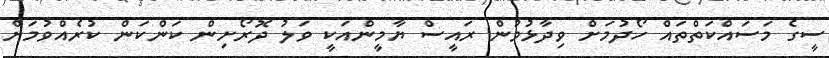
ސީގެ މަސައްކަތްތައް ހޯދުމަށް ވިދާޅުވުން ރައީސް ޔާމީންއަކީ ވަލު ދޮރޯށިން ކަންކަން ކުރެއްވުމަށް